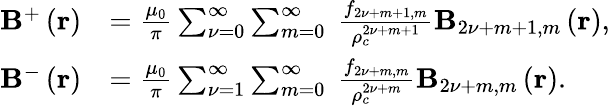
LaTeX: \begin{array}{rl}{\mathbf{B}^{+}\left(\mathbf{r}\right)}&{=\frac{\mu_{0}}{\pi}\sum_{{\nu}=0}^{\infty}\sum_{m=0}^{\infty}\ \frac{f_{2{\nu}+m+1,m}}{\rho_{c}^{2{\nu}+m+1}}\mathbf{B}_{2{\nu}+m+1,m}\left(\mathbf{r}\right),}\\ {\mathbf{B}^{-}\left(\mathbf{r}\right)}&{=\frac{\mu_{0}}{\pi}\sum_{{\nu}=1}^{\infty}\sum_{m=0}^{\infty}\ \frac{f_{2{\nu}+m,m}}{\rho_{c}^{2{\nu}+m}}\mathbf{B}_{2{\nu}+m,m}\left(\mathbf{r}\right).}\end{array}